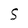
Character: S